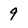
Character: 9